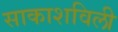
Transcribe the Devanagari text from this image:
साकाशविली